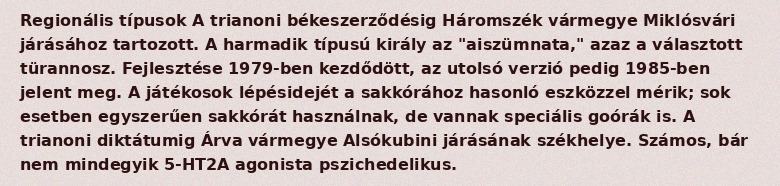
Regionális típusok A trianoni békeszerződésig Háromszék vármegye Miklósvári járásához tartozott. A harmadik típusú király az "aiszümnata," azaz a választott türannosz. Fejlesztése 1979-ben kezdődött, az utolsó verzió pedig 1985-ben jelent meg. A játékosok lépésidejét a sakkórához hasonló eszközzel mérik; sok esetben egyszerűen sakkórát használnak, de vannak speciális goórák is. A trianoni diktátumig Árva vármegye Alsókubini járásának székhelye. Számos, bár nem mindegyik 5-HT2A agonista pszichedelikus.